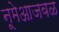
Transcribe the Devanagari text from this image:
नूमेआजवळ